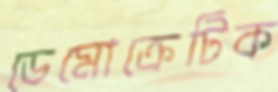
ডেমোক্রেটিক